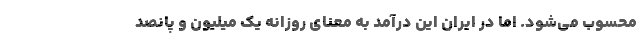
محسوب می‌شود. اما در ایران این درآمد به معنای روزانه یک میلیون و پانصد